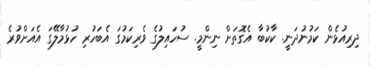
ދިރިއުޅެން ކަމުނުދަނީ. ކާކުބާ އެގޮތަށް ނިންމީ. ސުހައިލުގެ ވެރިކަމުގަ އެބަހުރި ހުޅުމާލޭގަ އެއަށްވުރެ